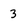
Character: 3